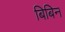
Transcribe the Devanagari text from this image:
बिबिन